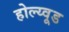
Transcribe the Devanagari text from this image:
होल्य्वूड